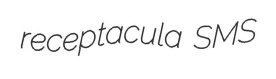
receptacula SMS